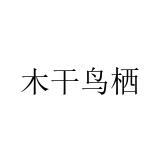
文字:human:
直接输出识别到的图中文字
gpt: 木干鸟栖